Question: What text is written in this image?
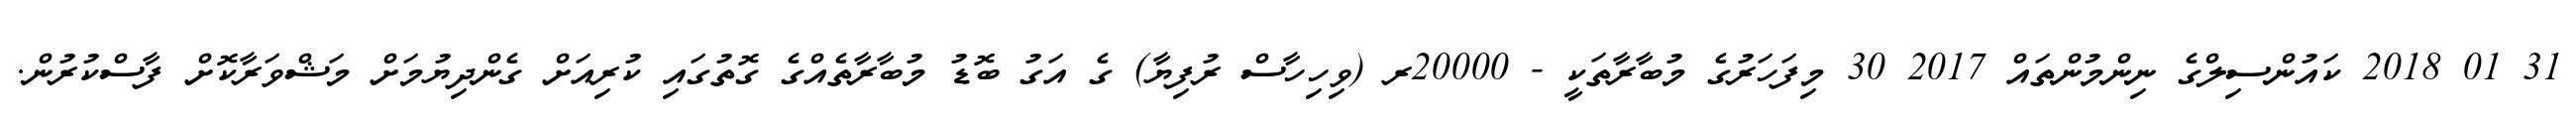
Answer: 31 01 2018 ކައުންސިލްގެ ނިންމުންތައް 2017 30 މިފަހަރުގެ މުބާރާތަކީ - 20000ރ (ވިހިހާސް ރުފިޔާ) ގެ އަގު ބޮޑު މުބާރާތެއްގެ ގޮތުގައި ކުރިއަށް ގެންދިޔުމަށް މަޝްވަރާކޮށް ފާސްކުރުން.